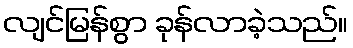
လျင်မြန်စွာ ခုန်လာခဲ့သည်။